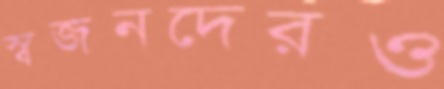
স্বজনদেরও